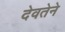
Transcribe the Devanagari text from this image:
देवतेने